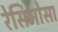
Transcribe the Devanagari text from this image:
रेसिमोसा